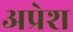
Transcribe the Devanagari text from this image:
अप्रेश